Madras plague regulations in force outside the Presidency town - Volume 7
Disease focus: Plague
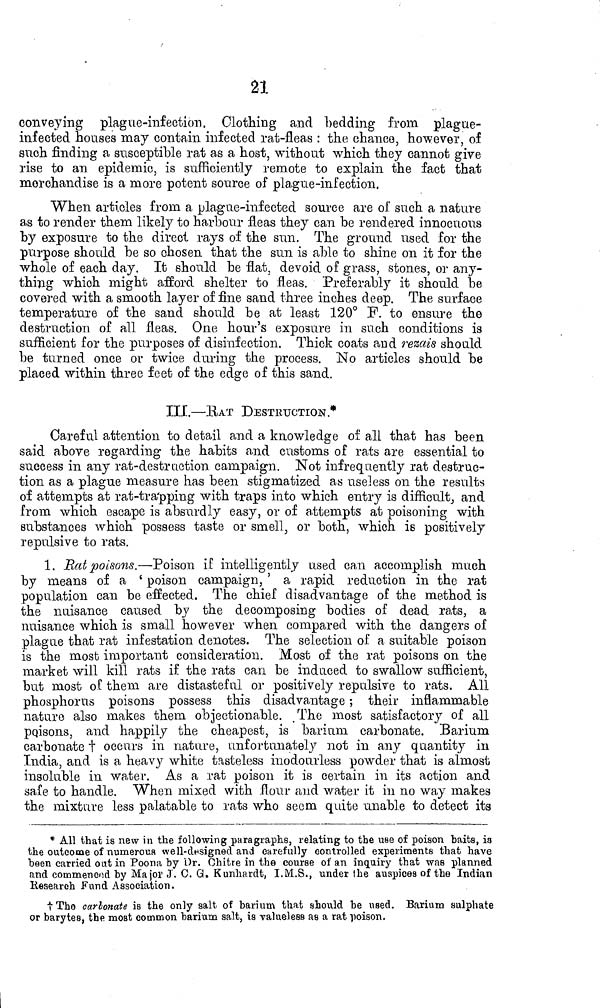
21
conveying plague-infection. Clothing and bedding from plague-
infected houses may contain infected rat-fleas : the chanco, however, of
such finding a susceptible rat as a host, without which they cannot give
rise to an epidemic, is sufficiently remote to explain the fact that
merchandise is a more potent source of plague-infection.
When articles from a plague-infected source are of such a nature
as to render them likely to harbour fleas they can be rendered innocuous
by exposure to the direct rays of the sun. The ground used for the
purpose should be so chosen that the sun is able to shine on it for the
whole of each day. It should be flat, devoid of grass, stones, or any-
thing which might afford shelter to fleas. Preferably it should be
covered with a smooth layer of fine sand three inches deep. The surface
temperature of the sand should be at least 120° F. to ensure the
destruction of all fleas. One hour's exposure in such conditions is
sufficient for the purposes of disinfection. Thick coats and rezáis should
be turned once or twice during the process. No articles should be
placed within three feet of the edge of this sand.
III.—EAT DESTRUCTION.*
Careful attention to detail a,nd a knowledge of all that has been
said above regarding the habits and customs of rats are essential to
success in any rat-destruction campaign. Not infrequently rat destruc-
tion as a plague measure has been stigmatized as useless on the results
of attempts at rat-tra'pping with traps into which entry is difficult, and
from which escape is absurdly easy, or of attempts at poisoning with
substances which possess taste or smell, or both, which is positively
repulsive to rats.
1. Eat poisons.—Poison if intelligently used can accomplish much
by means of a ' poison campaign, ' a rapid reduction in the rat
population can be effected. The chief disadvantage of the method is
the nuisance caused by the decomposing bodies of dead rats, a
nuisance which is small however when compared with the dangers of
plague that rat infestation denotes. The selection oí.' a suitable poison
is the most important consideration. Most of the rat poisons on the
market will kill rats if the rats can be induced to swallow sufficient,
but most oC them are distasteful or positively repulsive to rats. All
phosphorus poisons possess this disadvantage ; their inflammable
nature also makes them objectionable. .The most satisfactory of all
pqisons, and happily the cheapest, is bad um carbonate. Barium
carbonate t occurs in nature, unfortunately not in any quantity in
India, and is a heavy white tasteless inodouiiess powder that is almost
insoluble in water. As a rat poison it is certain in its action and
safe to handle. When mixed with flour and water it in no way makes
the mixture less palatable to rats who seem quite unable to detect its
* All that is new in the following paragraphs, relating to the use of poison baits, ia
the outcome of numerous well-designed and carefully controlled experiments that have
been carried out in Poona by Dr. Chitre in the course of an inquiry that was planned
and commenced by Major J. C. Q. Kunhardt, I.M.S., under Ihe auspices of the Indian
Research Fund Association.
t The carbonate is the only salt of barium that should be used. Barium sulphate
or barytes, the most common barium salt, is valueless as a rat poison.